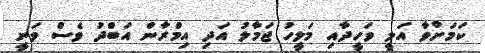
ކަމަށްވާ އަލީ ވަހީދާއި މަލީހު ޖަމާލު އަދި އިމްރާން އަބްދު ވެސް ވަނީ